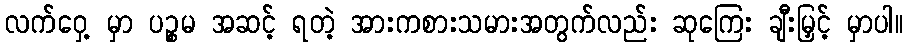
လက်ဝှေ့ မှာ ပဉ္စမ အဆင့် ရတဲ့ အားကစားသမားအတွက်လည်း ဆုကြေး ချီးမြှင့် မှာပါ။